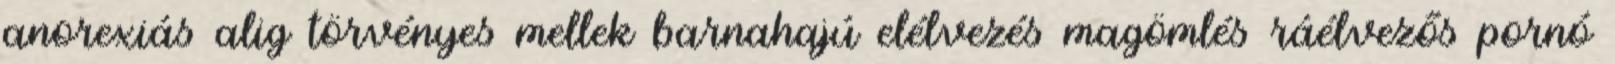
anorexiás alig törvényes mellek barnahajú elélvezés magömlés ráélvezős pornó